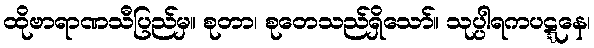
ထိုဗာရာဏသီပြည်မှ။ စုတာ၊ စုတေသည်ရှိသော်။ သုပ္ပါရကပဋ္ဋနေ၊